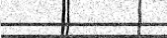
٤٠